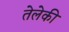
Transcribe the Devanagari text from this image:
तेलेकी